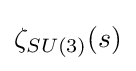
\zeta _{SU(3)}(s)